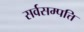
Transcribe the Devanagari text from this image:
सर्वसम्पत्ति